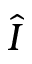
\hat { \cal I }